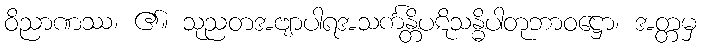
ဝိညာဏဿ၊ ၏။ သုညတအဗျာပါရအသင်္ကန္တိပဋိသန္ဓိပါတုဘာဝဋ္ဌော၊ အတ္တမှ